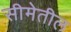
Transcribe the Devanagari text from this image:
सीमेतील